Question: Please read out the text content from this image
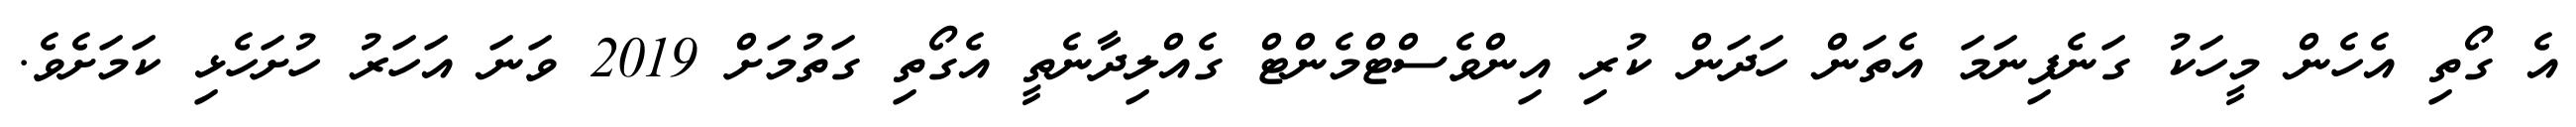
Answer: އެ ގޯތި އެހެން މީހަކު ގަނެފިނަމަ އެތަން ހަދަން ކުރި އިންވެސްޓްމެންޓް ގެއްލިދާނެތީ އެގޯތި ގަތުމަށް 2019 ވަނަ އަހަރު ހުށަހެޅި ކަމަށެވެ.